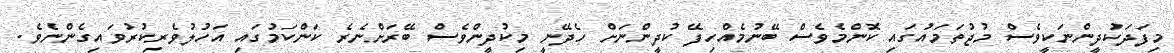
މިފަދަކުދީންނަކީވެސް މުޖުތަމައުގައި ކޮންމެވެސް ބޭނުމެއްހިފޭ ކުދީންނަށް ހެދޭނީ މިކުދީންވެސް ބޭރަށްނެރެ ކަންކަމުގައި އަހުލުވެރިކުރުވައިގެންނެވެ.